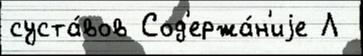
суста́вов Сод'ержа́н'иjе Л